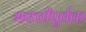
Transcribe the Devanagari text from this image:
भक्‍तीपुर्वक